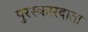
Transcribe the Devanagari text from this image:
पुरस्कारदाता